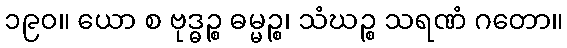
၁၉၀။ ယော စ ဗုဒ္ဓဉ္စ ဓမ္မဉ္စ၊ သံဃဉ္စ သရဏံ ဂတော။